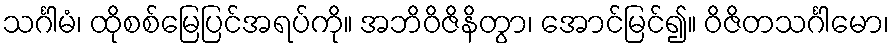
သင်္ဂါမံ၊ ထိုစစ်မြေပြင်အရပ်ကို။ အဘိဝိဇိနိတွာ၊ အောင်မြင်၍။ ဝိဇိတသင်္ဂါမော၊